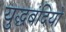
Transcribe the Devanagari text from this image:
युद्धबंदियो